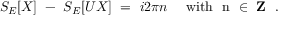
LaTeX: S _ { E } [ X ] \ - \ S _ { E } [ U X ] \ = \ i 2 \pi n \quad \mathrm { ~ w i t h \ ~ n ~ \in { \bf ~ Z } ~ } \ .